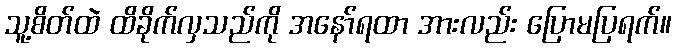
သူ့စိတ်ထဲ ထိခိုက်လှသည်ကို အနော်ရထာ အားလည်း ပြောမပြရက်။